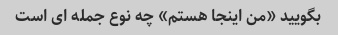
بگویید «من اینجا هستم» چه نوع جمله ای است